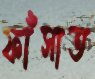
ফাঁসাত